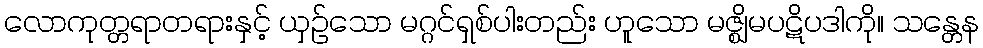
လောကုတ္တရာတရားနှင့် ယှဉ်သော မဂ္ဂင်ရှစ်ပါးတည်း ဟူသော မဇ္ဈိမပဋိပဒါကို။ သန္တေန